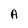
Character: A